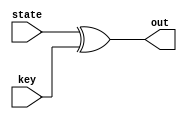
// performing the addRoundKey operation
// simply bitwise XOR of State and Key
module addRoundKey(
    input [127:0] state,
    input [127:0] key,
    output [127:0] out
);

assign out = state ^ key;


endmodule